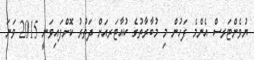
ޔުވެންޓަރސް އެންމެ ފަހުން މި މުބާރާތުގެ ކުއާޓަރއަށް ދަތުރު ކޮށްފައިވަނީ 2015 ވަނަ